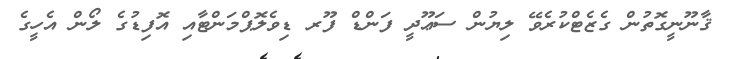
ޤާނޫނީގޮތުން ގެޒެޓްކުރެވޭ ލިޔުން ސަޢޫދީ ފަންޑް ފޫރ ޑިވެލޮޕްމަންޓާއި އޮފިޑުގެ ލޯން އެހީގެ